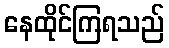
နေထိုင်ကြရသည်